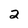
Character: 2